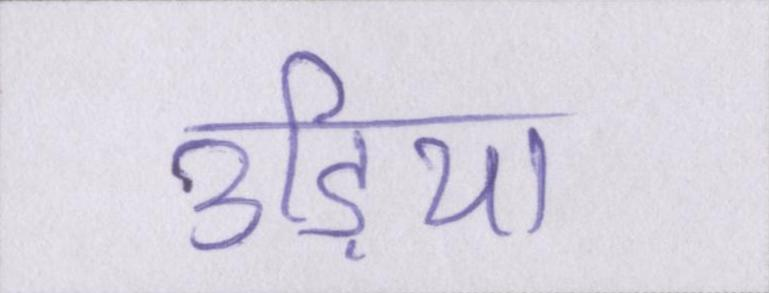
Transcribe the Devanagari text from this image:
उड़िया